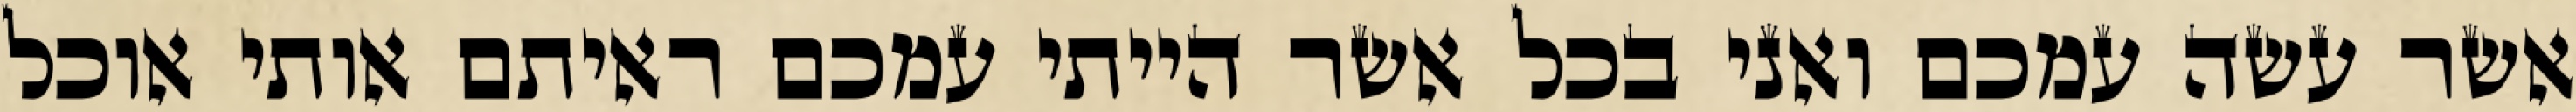
אשר עשה עמכם ואני בכל אשר הייתי עמכם ראיתם אותי אוכל